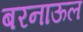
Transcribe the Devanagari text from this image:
बरनाऊल